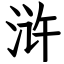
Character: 浒